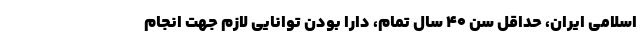
اسلامی ایران، حداقل سن ۴۰ سال تمام، دارا بودن توانایی لازم جهت انجام